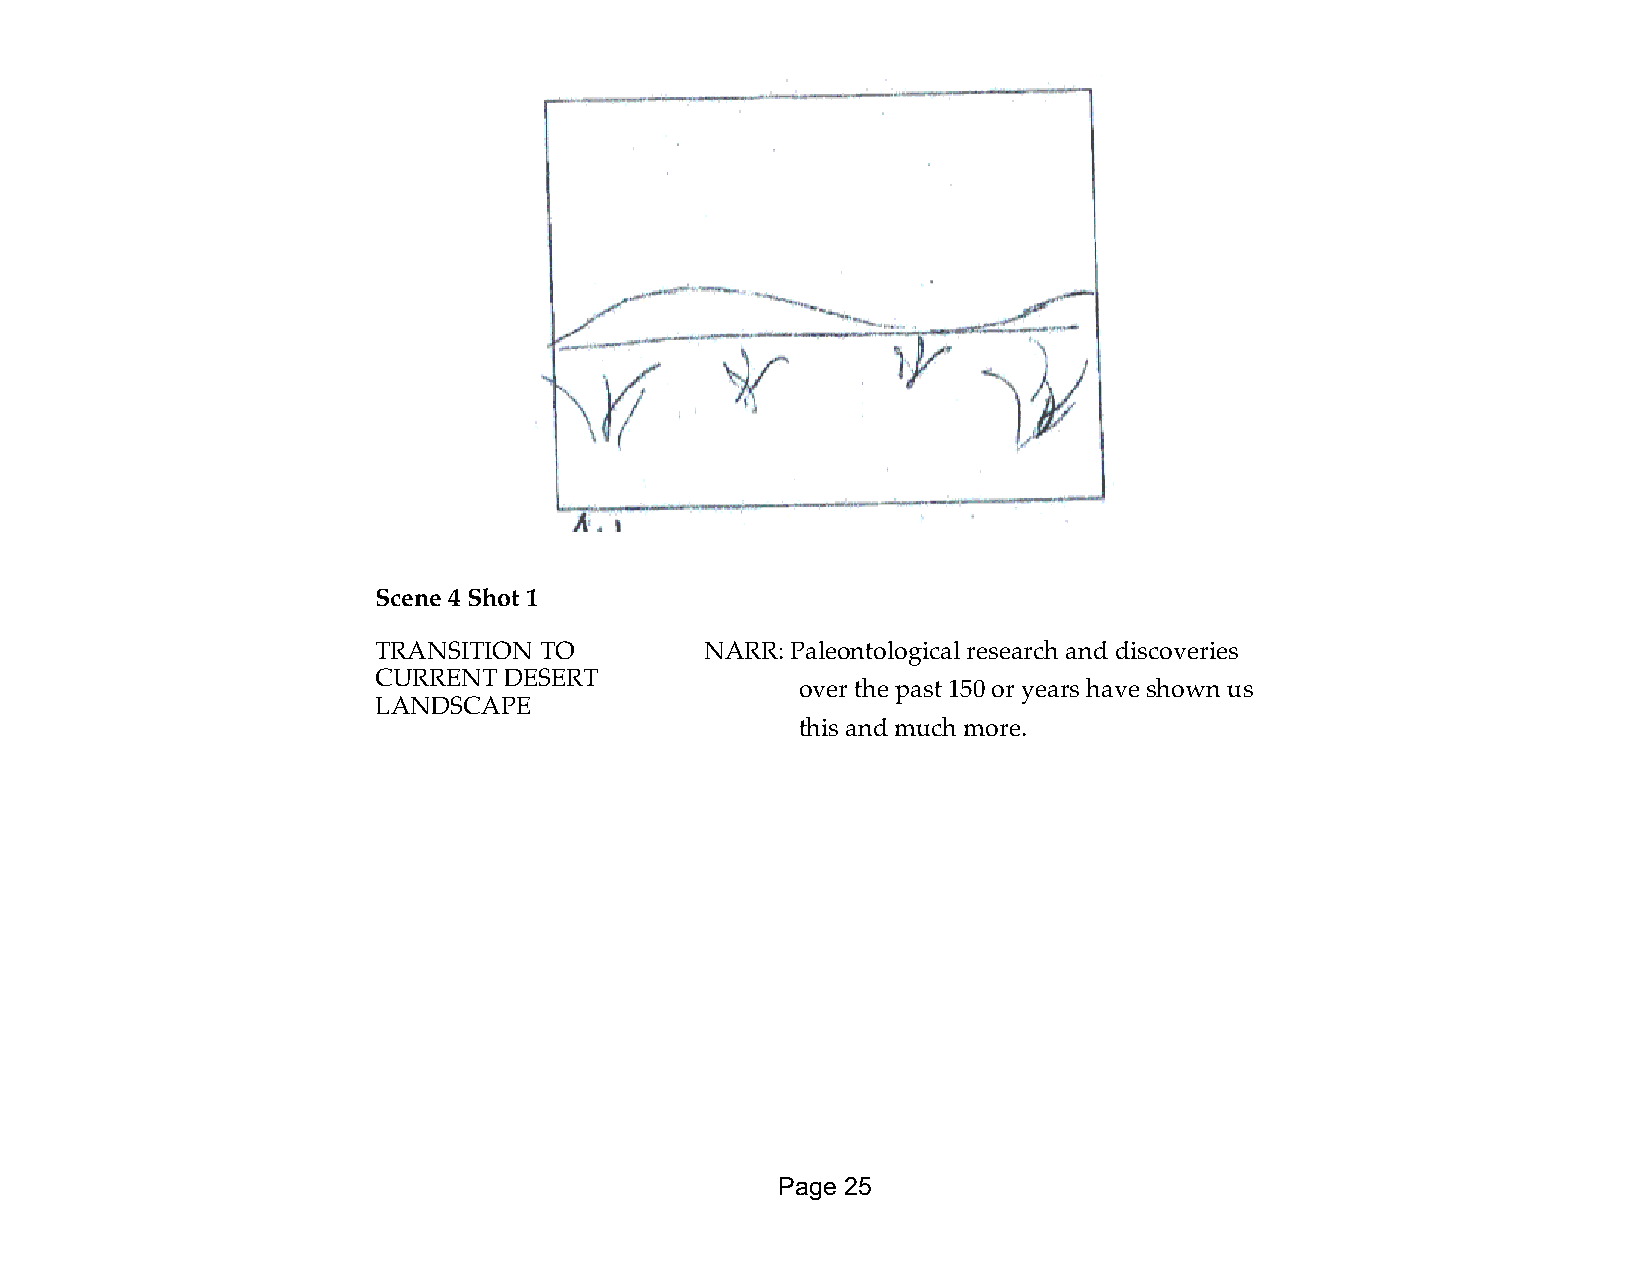
Scene 4 Shot 1
 TRANSITION TO         NARR: Paleontological research and discoveries
 CURRENT DESERT
 over the past 150 or years have shown us
 LANDSCAPE
 this and much more.
 Page 25